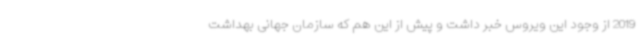
2019 از وجود این ویروس خبر داشت و پیش از این هم که سازمان جهانی بهداشت